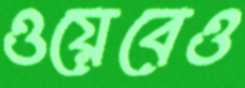
ওয়েবেও